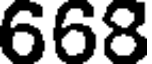
668